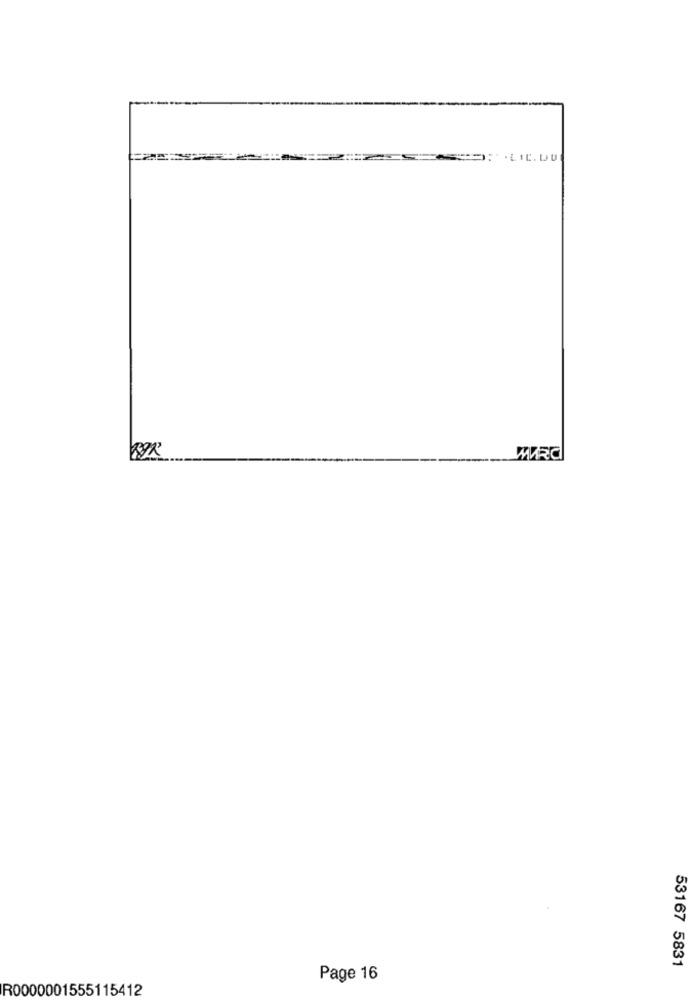
WRC
53167 5831
Page 16
R0000001555115412